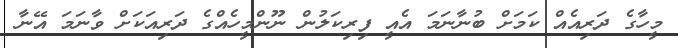
މީހާގެ ދަރިއެއް ކަމަށް ބުނާނަމަ އެއީ ފިރިކަލުން ނޫންމީހެއްގެ ދަރިއަކަށް ވާނަމަ އޭނާ